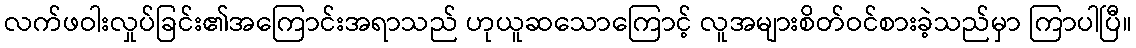
လက်ဖဝါးလှုပ်ခြင်း၏အကြောင်းအရာသည် ဟုယူဆသောကြောင့် လူအများစိတ်ဝင်စားခဲ့သည်မှာ ကြာပါပြီ။